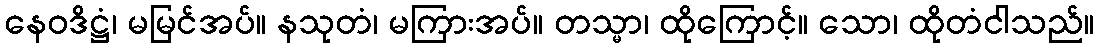
နေဝဒိဋ္ဌံ၊ မမြင်အပ်။ နသုတံ၊ မကြားအပ်။ တသ္မာ၊ ထိုကြောင့်။ သော၊ ထိုတံငါသည်။